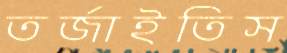
তর্জাইতিস